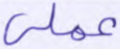
عملي